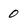
Character: 0